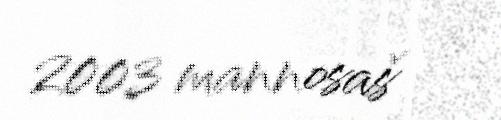
2003 mannosaš